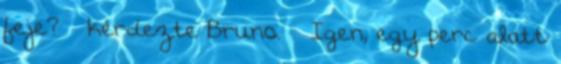
feje? – kérdezte Bruno. – Igen, egy perc alatt